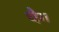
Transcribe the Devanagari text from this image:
चैग